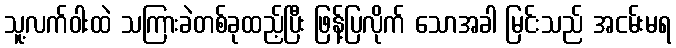
သူ့လက်ဝါးထဲ သကြားခဲတစ်ခုထည့်ပြီး ဖြန့်ပြလိုက် သောအခါ မြင်းသည် အငမ်းမရ